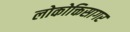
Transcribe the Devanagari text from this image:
लोकोक्तिसागर